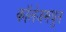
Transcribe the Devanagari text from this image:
कॉलेजमधुन